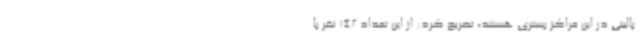
بالینی در این مراکز بستری هستند، تصریح کرد: از این تعداد 142 نفر با